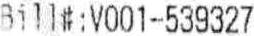
BILL#:V001-539327